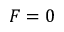
F = 0